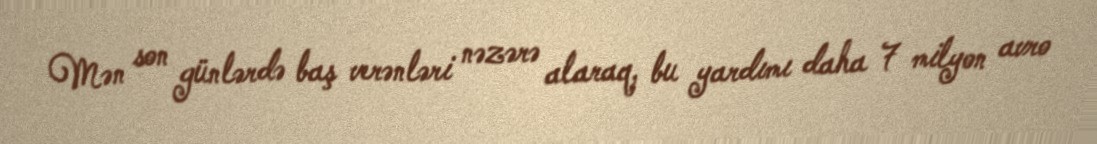
Mən son günlərdə baş verənləri nəzərə alaraq, bu yardımı daha 7 milyon avro